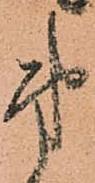
第